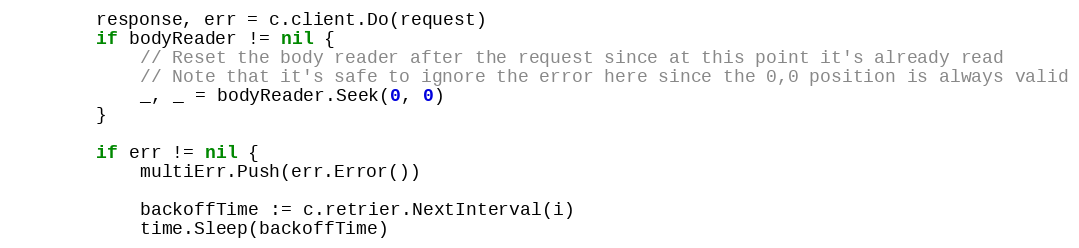
Language: Go
		response, err = c.client.Do(request)
		if bodyReader != nil {
			// Reset the body reader after the request since at this point it's already read
			// Note that it's safe to ignore the error here since the 0,0 position is always valid
			_, _ = bodyReader.Seek(0, 0)
		}

		if err != nil {
			multiErr.Push(err.Error())

			backoffTime := c.retrier.NextInterval(i)
			time.Sleep(backoffTime)